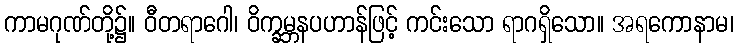
ကာမဂုဏ်တို့၌။ ဝီတရာဂေါ၊ ဝိက္ခမ္ဘနပဟာန်ဖြင့် ကင်းသော ရာဂရှိသော။ အရကောနာမ၊